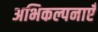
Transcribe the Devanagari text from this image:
अभिकल्पनाएँ